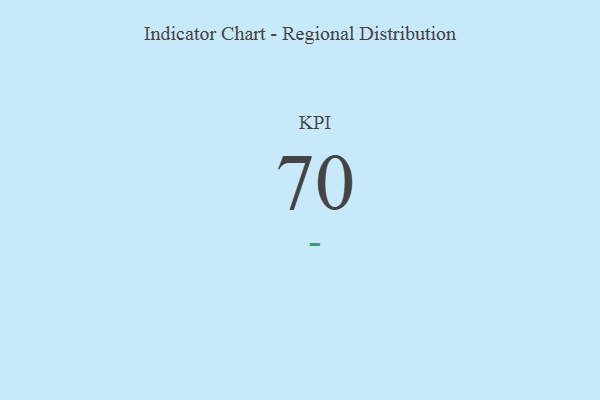
{"axis": {"x": "KPI", "y": "Value"}, "legend": [""], "data": [{"x": "KPI", "y": 70, "type": ""}]}